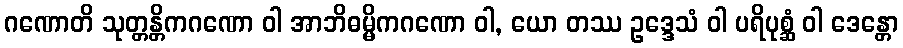
ဂဏောတိ သုတ္တန္တိကဂဏော ဝါ အာဘိဓမ္မိကဂဏော ဝါ, ယော တဿ ဥဒ္ဒေသံ ဝါ ပရိပုစ္ဆံ ဝါ ဒေန္တော